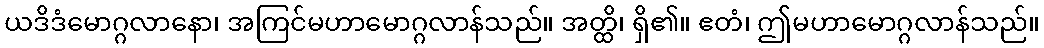
ယဒိဒံမောဂ္ဂလာနော၊ အကြင်မဟာမောဂ္ဂလာန်သည်။ အတ္ထိ၊ ရှိ၏။ ဧတံ၊ ဤမဟာမောဂ္ဂလာန်သည်။